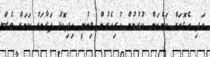
އަދި އެގޮތަށް ކަންކަން ކުރުމުން ކުރިއެރުން ލިބުނީ އިދިކޮޅު ފަރާތަށް ކަމަށް ވެސް